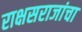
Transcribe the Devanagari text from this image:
राक्षसराजांचा